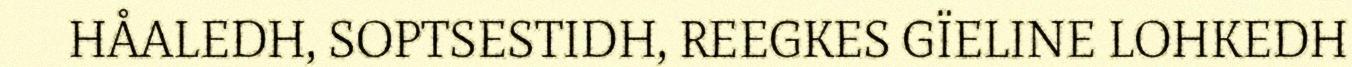
HÅALEDH, SOPTSESTIDH, REEGKES GÏELINE LOHKEDH